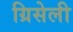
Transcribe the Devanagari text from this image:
ग्रिसेली